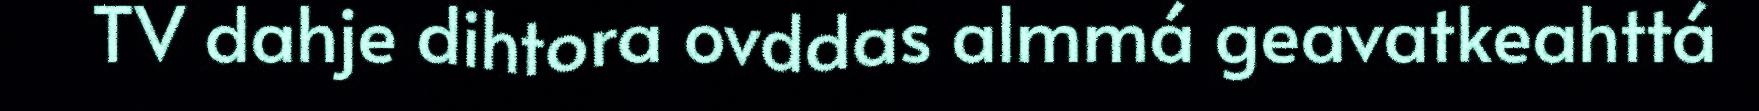
TV dahje dihtora ovddas almmá geavatkeahttá